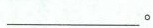
___。